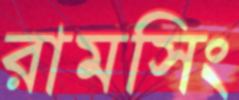
রামসিং